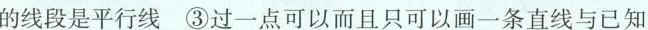
的线段是平行线 ③过一点可以而且只可以画一条直线与已知